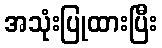
အသုံးပြုထားပြီး